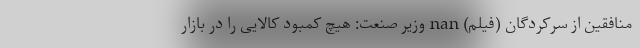
منافقین از سرکردگان (فیلم) nan وزیر صنعت: هیچ کمبود کالایی را در بازار